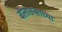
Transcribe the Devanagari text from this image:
बेलारुसाच्या